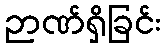
ဉာဏ်ရှိခြင်း